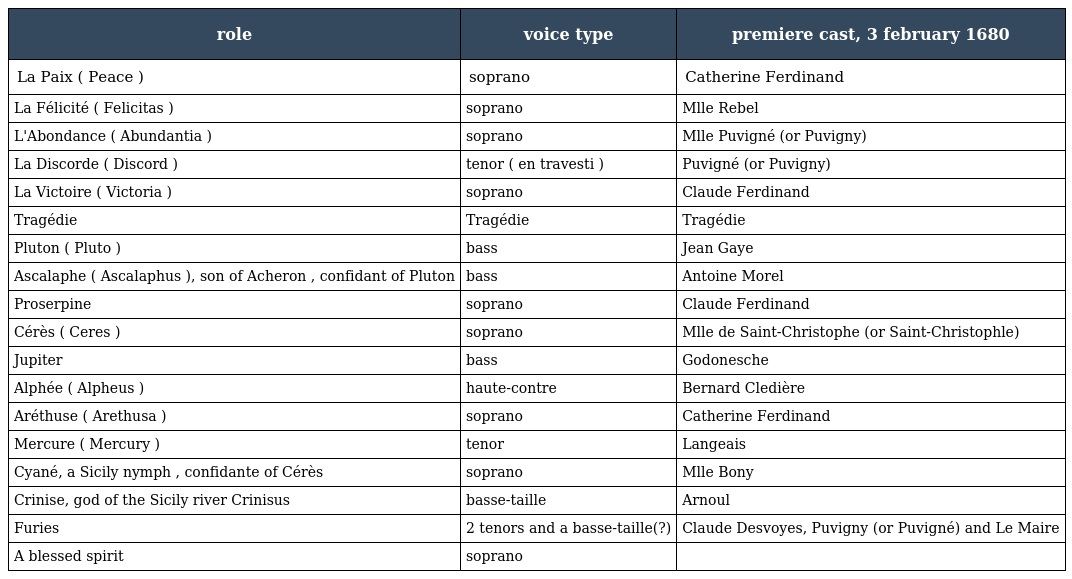
| role | voice type | premiere cast, 3 february 1680 |
 | --- | --- | --- |
 | La Paix ( Peace ) | soprano | Catherine Ferdinand |
 | La Félicité ( Felicitas ) | soprano | Mlle Rebel |
 | L'Abondance ( Abundantia ) | soprano | Mlle Puvigné (or Puvigny) |
 | La Discorde ( Discord ) | tenor ( en travesti ) | Puvigné (or Puvigny) |
 | La Victoire ( Victoria ) | soprano | Claude Ferdinand |
 | Tragédie | Tragédie | Tragédie |
 | Pluton ( Pluto ) | bass | Jean Gaye |
 | Ascalaphe ( Ascalaphus ), son of Acheron , confidant of Pluton | bass | Antoine Morel |
 | Proserpine | soprano | Claude Ferdinand |
 | Cérès ( Ceres ) | soprano | Mlle de Saint-Christophe (or Saint-Christophle) |
 | Jupiter | bass | Godonesche |
 | Alphée ( Alpheus ) | haute-contre | Bernard Cledière |
 | Aréthuse ( Arethusa ) | soprano | Catherine Ferdinand |
 | Mercure ( Mercury ) | tenor | Langeais |
 | Cyané, a Sicily nymph , confidante of Cérès | soprano | Mlle Bony |
 | Crinise, god of the Sicily river Crinisus | basse-taille | Arnoul |
 | Furies | 2 tenors and a basse-taille(?) | Claude Desvoyes, Puvigny (or Puvigné) and Le Maire |
 | A blessed spirit | soprano |  |